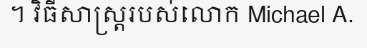
។ វិធីសាស្ត្ររបស់លោក Michael A.